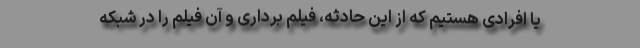
یا افرادی هستیم که از این حادثه، فیلم برداری و آن فیلم را در شبکه